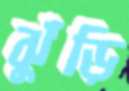
ঝুঁড়ি